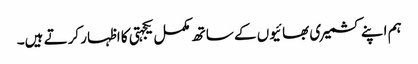
ہم اپنے کشمیری بھائیوں کے ساتھ مکمل یکجہتی کا اظہار کرتے ہیں۔